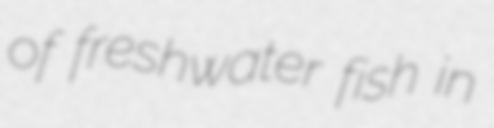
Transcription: of freshwater fish in